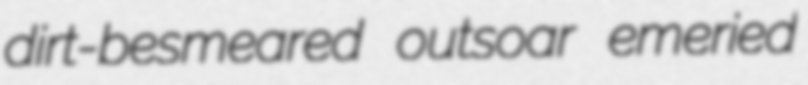
dirt-besmeared outsoar emeried